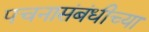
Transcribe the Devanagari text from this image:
पचनासंबंधीच्या